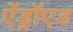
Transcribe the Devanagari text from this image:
ऐंड्रॉएड